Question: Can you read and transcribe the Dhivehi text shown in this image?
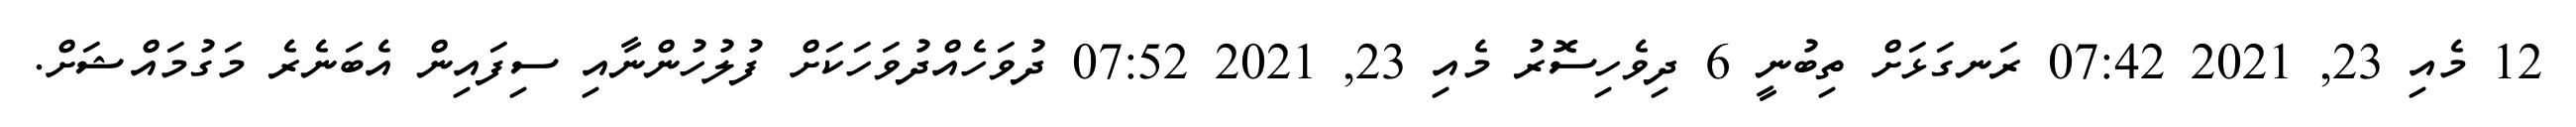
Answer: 12 މެއި 23, 2021 07:42 ރަނގަޅަށް ތިބުނީ 6 ދިވެހިސޮރު މެއި 23, 2021 07:52 ދުވަހެއްދުވަހަކަށް ފުލުހުންނާއި ސިފައިން އެބަނެރެ މަގުމައްޝަށް.